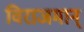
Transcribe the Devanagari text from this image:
विराजमान्‌